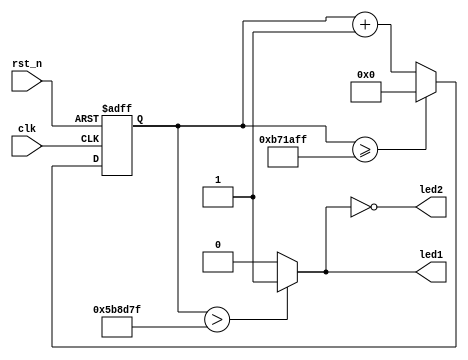
module LED_shining (
input clk,      //clk = 12mhz
input rst_n,    //rst_n, active low
output led1,    //led1 output
output led2     //led2 output
);
 //
parameter CNT_1S = 'd12_000_000 - 1;
parameter CNT_05S = CNT_1S>>1; 
reg [23:0] cnt; 
 
always @(posedge clk or negedge rst_n) begin
  if (!rst_n) cnt <= 1'b0;
  else if (cnt >= CNT_1S) 
	  cnt <= 1'b0;
  else cnt <= cnt + 1'b1;
end
 
wire clkdiv = (cnt>CNT_05S)? 1'b1 : 1'b0;
 
assign led1 = clkdiv; 
assign led2 = ~clkdiv;
endmodule